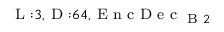
_ { \textrm { L } : 3 , \textrm { D } : 6 4 , \textrm { E n c D e c } _ { \textrm { B } 2 } }